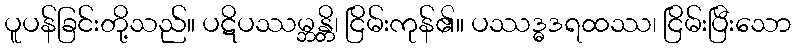
ပူပန်ခြင်းတို့သည်။ ပဋိပဿမ္ဘန္တိ၊ ငြိမ်းကုန်၏။ ပဿဒ္ဓဒရထဿ၊ ငြိမ်းပြီးသော